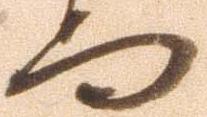
而